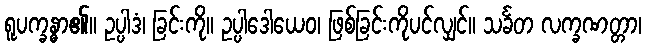
ရူပက္ခန္ဓာ၏။ ဥပ္ပါဒံ၊ ခြင်းကို။ ဥပ္ပါဒေါယေဝ၊ ဖြစ်ခြင်းကိုပင်လျှင်။ သင်္ခတ လက္ခဏတ္တာ၊